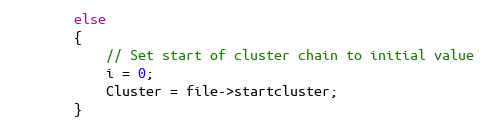
Language: C
        else
        {
            // Set start of cluster chain to initial value
            i = 0;
            Cluster = file->startcluster;
        }